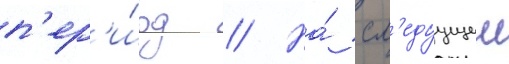
п'ер'и́од // На́ сл'едуущеи